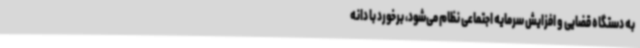
به دستگاه قضایی و افزایش سرمایه اجتماعی نظام می‌شود، برخورد با دانه